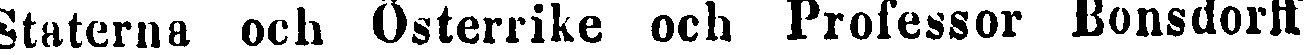
Staterna och Österrike och Professor Bonsdorff